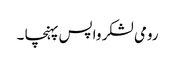
رومی لشکر واپس پہنچا ۔